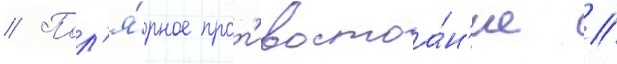
// Пол'я́рное прот'ивостоа́н'ие //